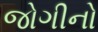
જોગીનો